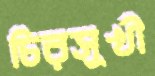
চিরসুখী